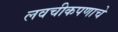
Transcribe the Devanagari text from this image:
लवचीकपणाचे